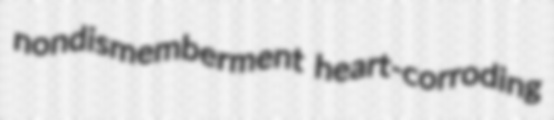
nondismemberment heart-corroding